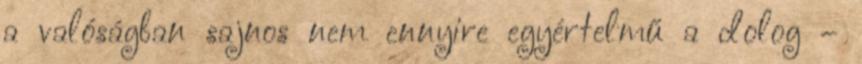
a valóságban sajnos nem ennyire egyértelmű a dolog –